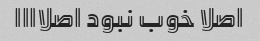
اصلا خوب نبود اصلاااا